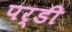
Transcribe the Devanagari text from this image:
पर्डी